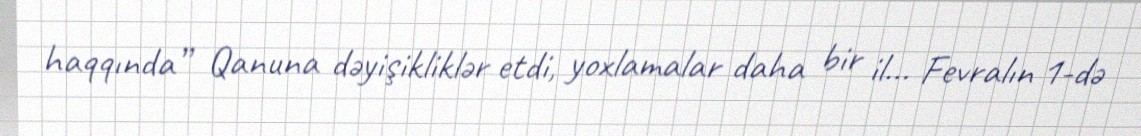
haqqında” Qanuna dəyişikliklər etdi, yoxlamalar daha bir il... Fevralın 1-də